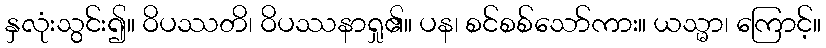
နှလုံးသွင်း၍။ ဝိပဿတိ၊ ဝိပဿနာရှု၏။ ပန၊ စင်စစ်သော်ကား။ ယသ္မာ၊ ကြောင့်။